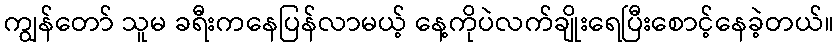
ကျွန်တော် သူမ ခရီးကနေပြန်လာမယ့် နေ့ကိုပဲလက်ချိုးရေပြီးစောင့်နေခဲ့တယ်။